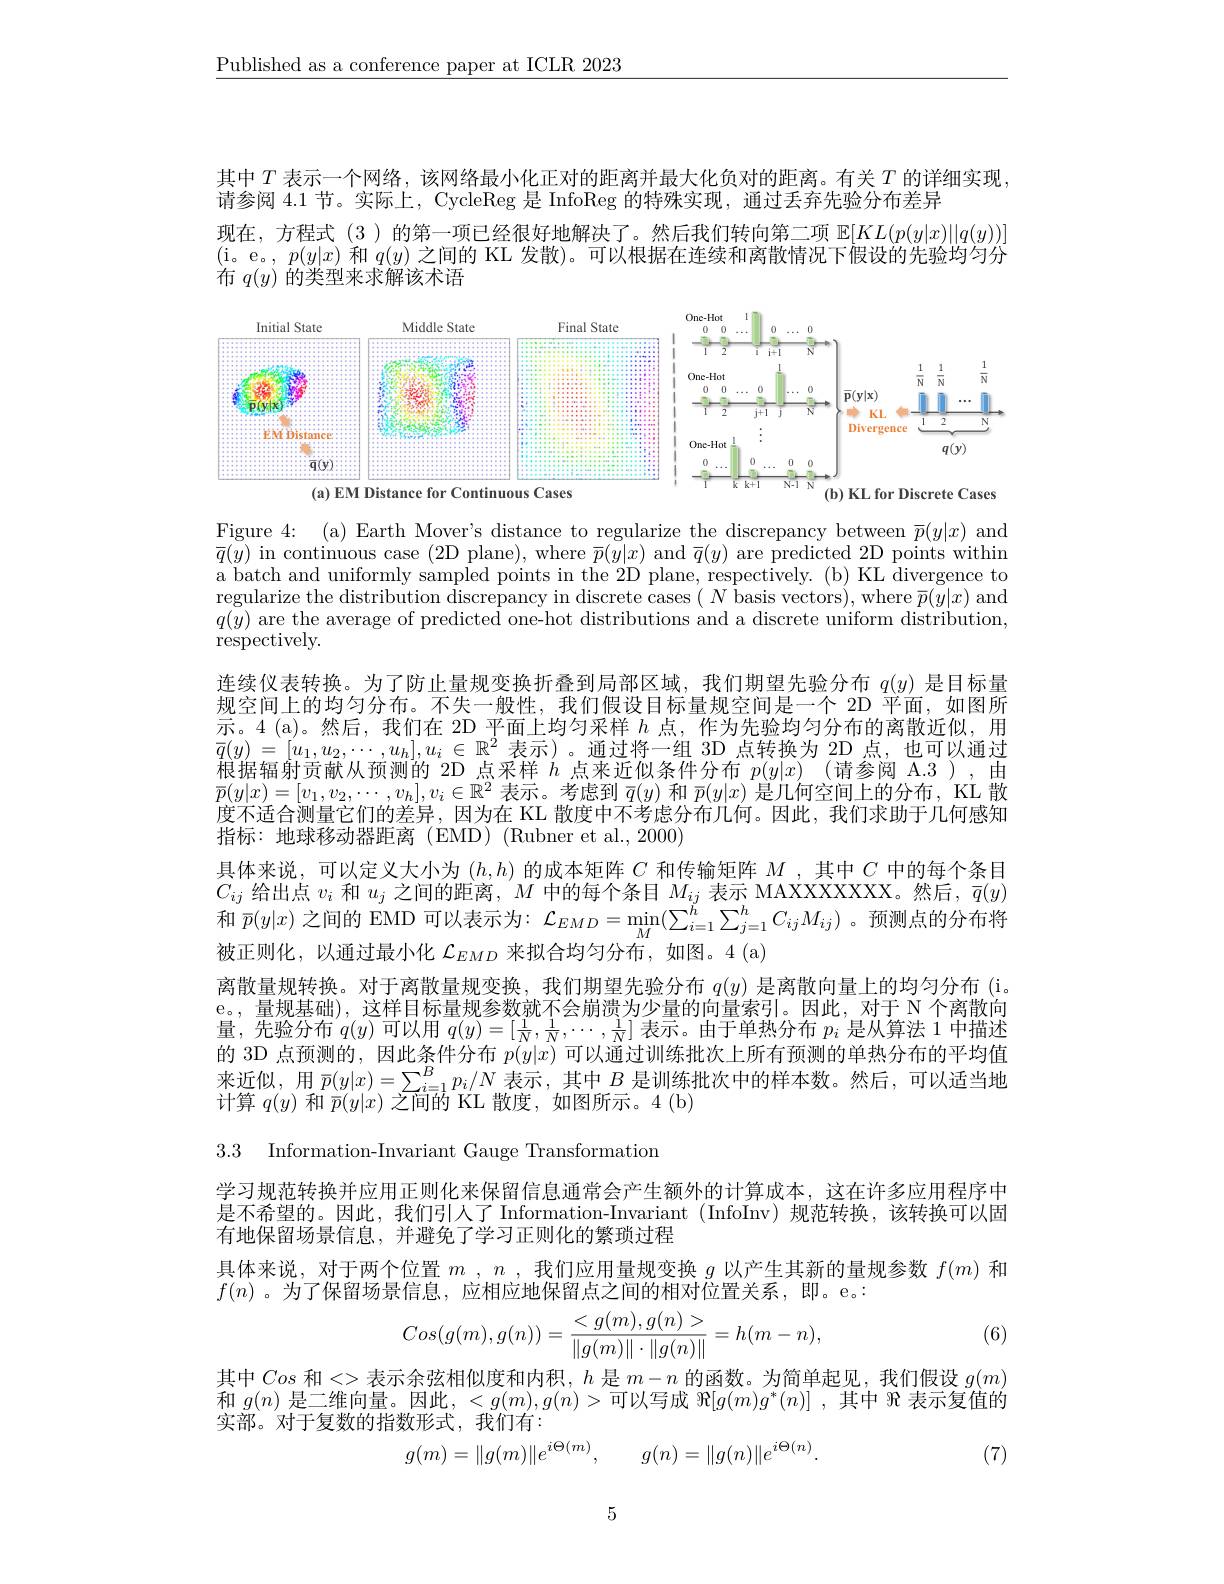
$\underline{\text{Published as a conference paper at ICLR 2023}}$

其中$T$表示一个网络，该网络最小化正对的距离并最大化负对的距离。有关$T$的详细实现
请参阅 4.1 节。实际上，CycleReg 是 InfoReg 的特殊实现，通过丢弃先验分布差异
现在，方程式(3)的第一项已经很好地解决了。然后我们转向第二项$\mathbb{E}[KL(p(y|x)||q(y))]$ (i。e。, $p(y|x)$和$q(y)$之间的 KL 发散)。可以根据在连续和离散情况下假设的先验均匀分布$q(y)$的类型来求解该术语

<FigureHere>

<FigureHere>

Figure 4: (a) Earth Mover's distance to regularize the discrepancy between $\overline{p}(y|x)$ and $\bar{q}(\bar{y})$ in continuous case (2D plane),where $\bar p(\bar{y}|x)$ and $\bar q(y)$ are predicted 2D points within a batch and uniformly sampled points in the 2D plane, respectively. (b) KL divergence to regularize the distribution discrepancy in discrete cases $(N$ basis vectors), where $\bar{p}(y|x)$ and $q(\bar{y})$ are the average of predicted one-hot distributions and a discrete uniform distribution, respectively.
连续仪表转换。为了防止量规变换折叠到局部区域，我们期望先验分布$q(y)$是目标量规空间上的均匀分布。不失一般性，我们假设目标量规空间是一个 2D 平面，如图所示。4(a)。然后，我们在 2D 平面上均匀采样$h$点，作为先验均匀分布的离散近似，用$\begin{array}{l}{\bar{q}(y)=[u_1,u_2,\cdots,u_h],u_i\in\mathbb{R}^2\text{ 表示 })\text{。通过将一组 3D 点转换为 2D 点，也可以通过}}\\{\bar{q}(y)=[u_1,u_2,\cdots,u_h],u_i\in\mathbb{R}^2\text{ 表示 })\text{。通过将一组 3D 点转换为 2D 点，也可以通过}}\\{\text{田田在电话：}}\\{\bar{q}(z)=\bar{q}(z)=\bar{q}(z)=\bar{q}(z)\text{ 时间，}}\\{\bar{q}(z)=\bar{q}(z)=\bar{q}(z)\text{ 时间，}}\\{\bar{q}(z)=\bar{q}(z)=\bar{q}}\end{array}$ 根据辐射贡献从预测的 2D 点采样$h$点来近似条件分布$p(y|x)$ (请参阅 A.3 ),由$\overline{p}(y|x)=[v_1,v_2,\cdots,v_h],v_i\in\mathbb{R}^2$表示。考虑到$\bar{q}(y)$和$\bar{p}(y|x)$是几何空间上的分布，KL 散度不适合测量它们的差异，因为在 KL 散度中不考虑分布几何。因此，我们求助于几何感知指标：地球移动器距离(EMD)(Rubner et al.,2000)
具体来说，可以定义大小为$(h,h)$的成本矩阵$C$和传输矩阵$M$ ,其中$C$中的每个条目$C_{ij}$给出点$v_i$和$u_j$之间的距离，$M$中的每个条目$M_ij$表示 MAXXXXXXX。然后，$\bar{q}(y)$ 和$\bar{p}(y|x)$之间的 EMD 可以表示为：$\mathcal{L}_EMD=\operatorname*{min}_{M}(\sum_{i=1}^{\tilde{h}}\sum_{j=1}^{h}C_{ij}M_{ij})$ 。预测点的分布将被正则化，以通过最小化$\mathcal{L}_EMD$来拟合均匀分布，如图。4(a)
离散量规转换。对于离散量规变换，我们期望先验分布$q(y)$是离散向量上的均匀分布 (i. e。,量规基础),这样目标量规参数就不会崩溃为少量的向量索引。因此，对于 N 个离散向量，先验分布$q(y)$可以用$q(y)=[\frac1N,\frac1N,\cdots,\frac1N]$表示。由于单热分布$p_i$是从算法 1 中描述的 3D 点 预 测 的 , 因 此 条 件 分 布 $p( y| x)$ 可 以 通 过 训 练 批 次 上 所 有 预 测 的 单 热 分 布 的 平 均 值 来 近 似 , 用 $\bar{p} ( y| x) = \sum _{i= 1}^{B}p_{i}/ N$ 表 示 , 其 中 $B$ 是 训 练 批 次 中 的 样 本 数 。然 后 , 可 以 适 当 地 计 算 $c( \omega )$ 和 $\bar{p} ( \omega | x)$ 之 间 的 $\mathcal{K}$ 斯 审 $t$网 低 三 $A$ ( b) $\begin{array}{l}{\text{个处以，/们}P(y|^{x})-\sum_{i=1}^{i=1}P_{i/2}^{n/2}\text{ 代小，六十一}}\\{\text{计算 }q(y)\text{ 和 }\overline{p}(y|x)\text{ 之间的 KL 散度，如图所示。4 (b)}}\end{array}$

3.3 Information-Invariant Gauge Transformation

学习规范转换并应用正则化来保留信息通常会产生额外的计算成本，这在许多应用程序中是不希望的。因此，我们引人了 Information-Invariant (InfoInv)规范转换，该转换可以固有地保留场景信息，并避免了学习正则化的繁琐过程

具体来说，对于两个位置$m$ , $n$ , 我们应用量规变换$g$以产生其新的量规参数$f(m)$和
$f(n)$ 。为了保留场景信息，应相应地保留点之间的相对位置关系，即。e。:
$$Cos(g(m),g(n))=\frac{<g(m),g(n)>}{\|g(m)\|\cdot\|g(n)\|}=h(m-n),$$
(6)

其中Cos和<>表示余弦相似度和内积，$h$是$m-n$的函数。为简单起见，我们假设$g(m)$ 和$g(n)$是二维向量。因此，$<g(m),g(n)>$可以写成$\Re[g(m)g^*(n)]$ ,其中$\Re$表示复值的实部。对于复数的指数形式，我们有：
$$g(m)=\|g(m)\|e^{i\Theta(m)},\quad g(n)=\|g(n)\|e^{i\Theta(n)}.$$
(7)

5